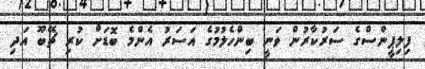
ފިލިޕީންސްގެ ސަރުކާރުން ވަނީ ބިންހެލުމުގެ އަސަރު އެންމެ ބޮޑަށް ކުރި ޗޭބޫ އަދި